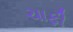
ચાફી